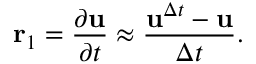
\mathbf { r } _ { 1 } = \frac { \partial \mathbf { u } } { \partial t } \approx \frac { \mathbf { u } ^ { \Delta t } - \mathbf { u } } { \Delta t } .